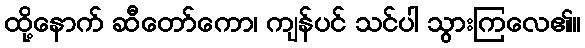
ထို့နောက် ဆီတော်ကော၊ ကျန်ပင် သင်ပါ သွားကြလေ၏။